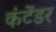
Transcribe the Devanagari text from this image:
कंटेंडर